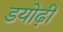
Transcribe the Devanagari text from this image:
डयोढ़ी